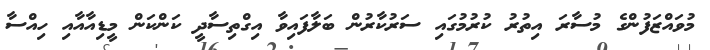
މުވައްޒަފުންގެ މުސާރަ އިތުރު ކުރުމުގައި ސަރުކާރުން ބަލާފައިވާ އިގްތިސާދީ ކަންކަން މީޑިއާއާއި ހިއްސާ